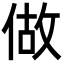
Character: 做